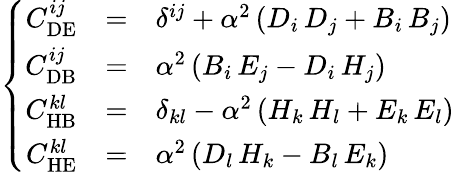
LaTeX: \left\{ \begin{array}{rcl}{{C_{\mathrm{DE}}^{ij}}}&{{=}}&{{\delta^{ij}{}+{}\alpha^{2}\left(D_{i}\, D_{j}{}+{}B_{i}\, B_{j}\right)}}\\ {{C_{\mathrm{DB}}^{ij}}}&{{=}}&{{\alpha^{2}\left(B_{i}\, E_{j}{}-{}D_{i}\, H_{j}\right)}}\\ {{C_{\mathrm{HB}}^{kl}}}&{{=}}&{{\delta_{kl}{}-{}\alpha^{2}\left(H_{k}\, H_{l}{}+{}E_{k}\, E_{l}\right)}}\\ {{C_{\mathrm{HE}}^{kl}}}&{{=}}&{{\alpha^{2}\left(D_{l}\, H_{k}{}-{}B_{l}\, E_{k}\right)}}\end{array}\right.